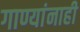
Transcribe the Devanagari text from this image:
गाण्यांनाही